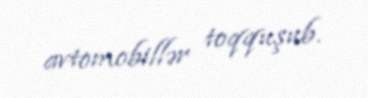
avtomobillər toqquşub.